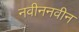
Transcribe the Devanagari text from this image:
नवीननवीन